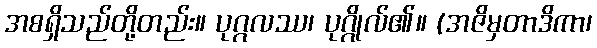
အစရှိသည်တို့တည်း။ ပုဂ္ဂလဿ၊ ပုဂ္ဂိုလ်၏။ (အဇိမှတာဒိကာ၊